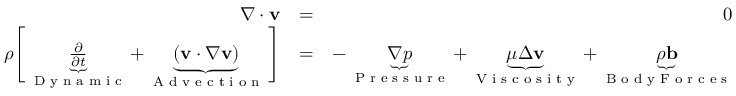
\begin{array} { r l r } { \nabla \cdot \mathbf { v } } & { = } & { 0 } \\ { \rho \Bigg [ \underbrace { \frac { \partial \v } { \partial t } } _ { \textrm { D y n a m i c } } + \underbrace { \vphantom { \frac { 1 } { \partial } } ( \mathbf { v } \cdot \nabla \mathbf { v } ) } _ { \textrm { A d v e c t i o n } } \Bigg ] } & { = } & { - \underbrace { \nabla p } _ { \textrm { P r e s s u r e } } + \underbrace { \mu \Delta \mathbf { v } } _ { \textrm { V i s c o s i t y } } + \underbrace { \rho \mathbf { b } } _ { \textrm { B o d y F o r c e s } } } \end{array}